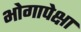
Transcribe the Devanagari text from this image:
भोगापेक्षा